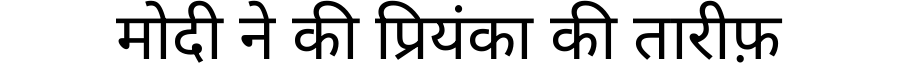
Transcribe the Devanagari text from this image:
मोदी ने की प्रियंका की तारीफ़